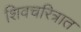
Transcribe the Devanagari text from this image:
शिवचरित्रात